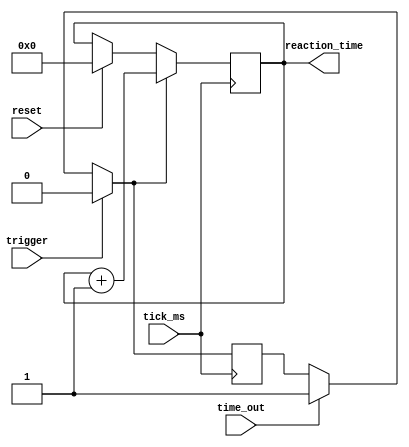
module reaction (time_out,tick_ms,reaction_time,trigger,reset);
input time_out,tick_ms,trigger,reset;
output [14:0] reaction_time;
reg [14:0] reaction_time;

initial reaction_time = 0;

reg sig;

initial sig =0;

always @ (posedge tick_ms) begin
	if(reset == 1)
		reaction_time <= 15'b0;
		
	if (time_out ==1)
		sig=1;
	if(trigger ==1)
		sig =0;
		
	if(sig ==1)
		reaction_time <= reaction_time +1;
end

endmodule